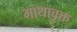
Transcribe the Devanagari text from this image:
गाथावृक्त